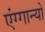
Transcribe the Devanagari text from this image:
एंग्गान्यो